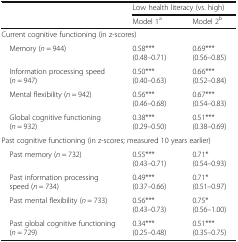
<table><thead><tr><td rowspan="2"></td><td colspan="2"><b>Low health literacy (vs. high)</b></td></tr><tr><td><b>Model 1<sup>a</sup></b></td><td><b>Model 2<sup>b</sup></b></td></tr></thead><tbody><tr><td colspan="3">Current cognitive functioning (in z-scores)</td></tr><tr><td> Memory (<i>n</i> = 944)</td><td>0.58***(0.48–0.71)</td><td>0.69***(0.56–0.85)</td></tr><tr><td> Information processing speed (<i>n</i> = 947)</td><td>0.50***(0.40–0.63)</td><td>0.66***(0.52–0.84)</td></tr><tr><td> Mental flexibility (<i>n</i> = 942)</td><td>0.56***(0.46–0.68)</td><td>0.67***(0.54–0.83)</td></tr><tr><td> Global cognitive functioning (<i>n</i> = 932)</td><td>0.38***(0.29–0.50)</td><td>0.51***(0.38–0.69)</td></tr><tr><td colspan="3">Past cognitive functioning (in z-scores; measured 10 years earlier)</td></tr><tr><td> Past memory (<i>n</i> = 732)</td><td>0.55***(0.43–0.71)</td><td>0.71*(0.54–0.93)</td></tr><tr><td> Past information processing speed (<i>n</i> = 734)</td><td>0.49***(0.37–0.66)</td><td>0.71*(0.51–0.97)</td></tr><tr><td> Past mental flexibility (<i>n</i> = 733)</td><td>0.56***(0.43–0.73)</td><td>0.75*(0.56–1.00)</td></tr><tr><td> Past global cognitive functioning (<i>n</i> = 729)</td><td>0.34***(0.25–0.48)</td><td>0.51***(0.35–0.75)</td></tr></tbody></table>